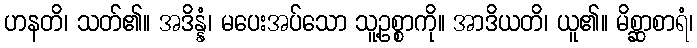
ဟနတိ၊ သတ်၏။ အဒိန္နံ၊ မပေးအပ်သော သူ့ဥစ္စာကို။ အာဒိယတိ၊ ယူ၏။ မိစ္ဆာစာရံ၊